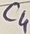
Text: C1